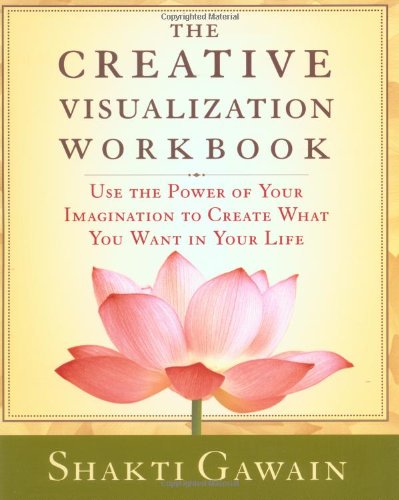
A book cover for The Creative Visualization Workbook: Second Edition (Gawain, Shakti); Shakti Gawain; Health, Fitness & Dieting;